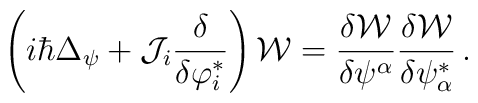
\left(i\hbar\Delta_\psi+{\cal J}_i\frac{\delta} {\delta\varphi^{*}_i}\right){\cal W}= \frac{\delta{\cal W}}{\delta\psi^\alpha} \frac{\delta{\cal W}}{\delta\psi^*_\alpha}\,.